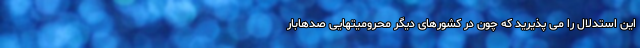
این استدلال را می پذیرید که چون در کشورهای دیگر محرومیتهایی صدهابار